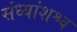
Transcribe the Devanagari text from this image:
संध्यांशश्च